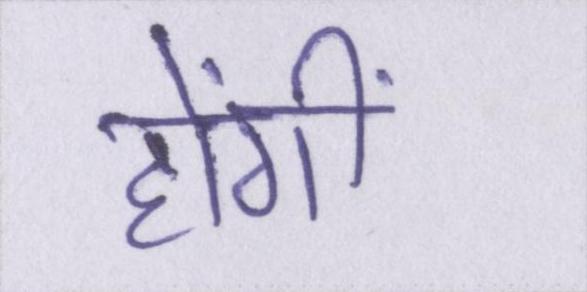
होंगीं